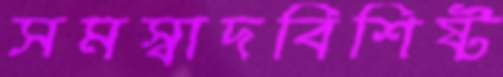
সমস্বাদবিশিষ্ট